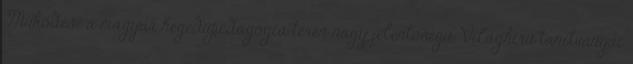
Működése a magyar hegedűpedagógia terén nagy jelentőségű. Világhírű tanítványai